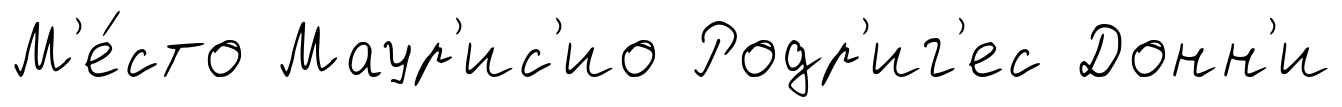
М'е́сто Маур'ис'ио Родр'иг'ес Донн'и